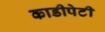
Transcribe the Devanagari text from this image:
काडीपेटी